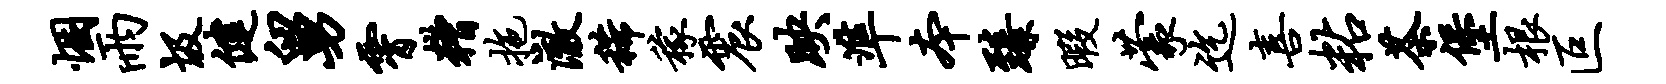
悃雨圾健舅霄糟拖澈稀稼震映准本臻暇蒙迄喜粘茶堡根叵